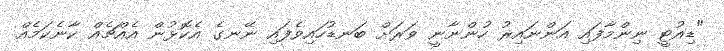
"ޑިއުޓީ ނިންމާފައި އަންނައިރު ހުންނާނީ ވަރަށް ބަނޑުހައިވެފައި ނޭނގެ އެކޮޅުން އެއްޗެއް ކާނެކަމެއް